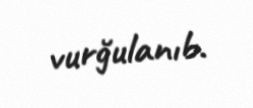
vurğulanıb.